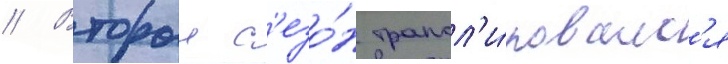
// Второи с'езо́н трансл'и́ровалс'я